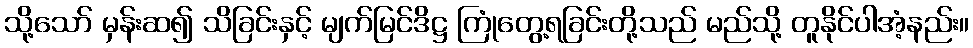
သို့သော် မှန်းဆ၍ သိခြင်းနှင့် မျက်မြင်ဒိဋ္ဌ ကြုံတွေ့ရခြင်းတို့သည် မည်သို့ တူနိုင်ပါအံ့နည်း။